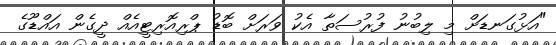
"އަޅުގަނޑަށް މި ލިބުނު ފުރުސަތާ އެކު ވަރަށް ބޮޑު ޕްރިއޮރިޓީއެއް ދީގެން އައްޑޫގެ